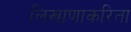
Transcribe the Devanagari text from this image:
लिखाणाकरिता